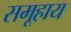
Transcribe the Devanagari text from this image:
समूहाय